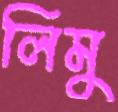
লিমু